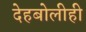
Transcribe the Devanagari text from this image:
देहबोलीही